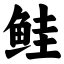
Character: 鲑